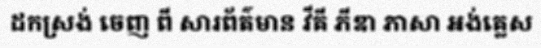
ដកស្រង់ ចេញ ពី សារព័ត៌មាន វីគី ភីឌា ភាសា អង់គ្លេស